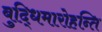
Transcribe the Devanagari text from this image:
बुद्धिमारोहन्ति